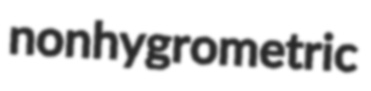
nonhygrometric